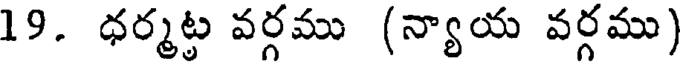
19. ధర్మట్ట వర్గము (న్యాయ వర్గము)